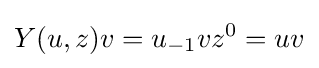
Y(u,z)v=u_{-1}vz^{0}=uv